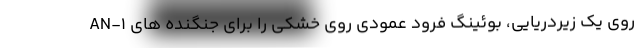
روی یک زیردریایی، بوئینگ فرود عمودی روی خشکی را برای جنگنده های AN-1